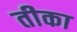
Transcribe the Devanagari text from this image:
तीका